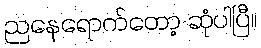
ညနေရောက်တော့ ဆုံပါပြီ။